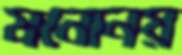
মনোনয়